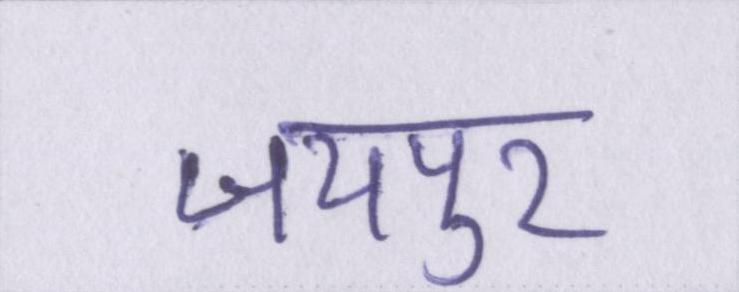
जयपुर